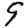
Digit: 9